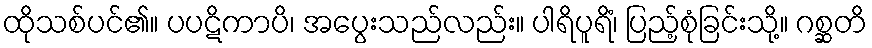
ထိုသစ်ပင်၏။ ပပဋိကာပိ၊ အပွေးသည်လည်း။ ပါရိပူရိံ၊ ပြည့်စုံခြင်းသို့။ ဂစ္ဆတိ